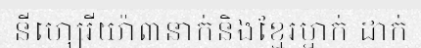
នីហ្សេរីយ៉ា៣នាក់និងខ្មែរម្នាក់ ដាក់